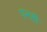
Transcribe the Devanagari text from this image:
पनही